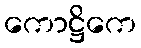
ကောဋ္ဌိကေ